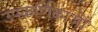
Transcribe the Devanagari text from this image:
उपकर्णिकाओं